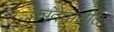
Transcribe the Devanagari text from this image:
कांदेवाडीत